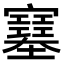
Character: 𡫼